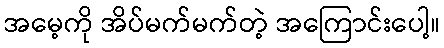
အမေ့ကို အိပ်မက်မက်တဲ့ အကြောင်းပေါ့။